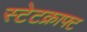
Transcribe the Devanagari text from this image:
स्टेटक्राफ्ट